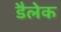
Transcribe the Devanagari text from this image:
डैलेक